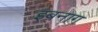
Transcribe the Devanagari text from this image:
इबनाग